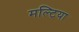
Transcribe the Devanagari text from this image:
मल्टिया